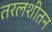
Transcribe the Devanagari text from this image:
तरलशीतन